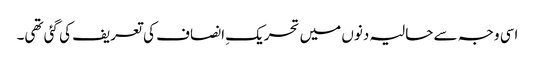
اسی وجہ سے حالیہ دنوں میں تحریکِ انصاف کی تعریف کی گئی تھی۔